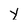
Character: Y